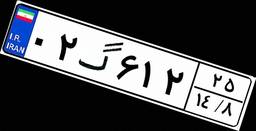
۰۲گ۶۱۲۲۵